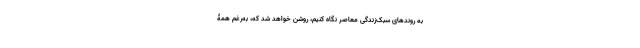
به روندهای سبک‌زندگیِ معاصر نگاه کنیم، روشن خواهد شد که، به‌رغم همۀ